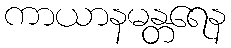
ကာယာနမန္တရေန